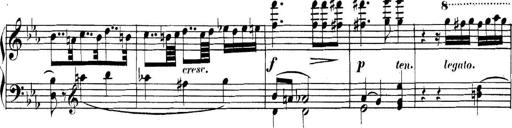
Title: Collected Piano Sonatas
Composer: Muzio Clementi